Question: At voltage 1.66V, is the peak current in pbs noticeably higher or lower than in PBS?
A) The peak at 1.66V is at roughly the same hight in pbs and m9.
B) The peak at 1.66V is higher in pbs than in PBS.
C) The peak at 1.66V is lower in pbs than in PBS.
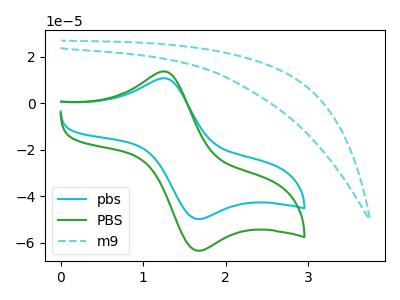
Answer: <think>The cyan curve "pbs" has an anodic peak at (1.25V, 10.65uA) and a cathodic peak at (1.65V, -49.90uA). The green curve "PBS" has an anodic peak at (1.25V, 13.60uA) and a cathodic peak at (1.65V, -63.55uA). The cyan dashed curve "m9" has no peaks.</think>
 <answer>C) The peak at 1.66V is lower in "pbs" than in "PBS".</answer>
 <eval>C</eval>